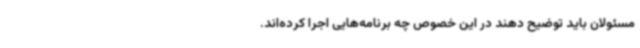
مسئولان باید توضیح دهند در این خصوص چه برنامه‌هایی اجرا کرده‌اند.